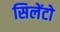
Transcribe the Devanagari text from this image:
सिलेंटो